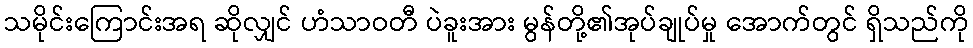
သမိုင်းကြောင်းအရ ဆိုလျှင် ဟံသာဝတီ ပဲခူးအား မွန်တို့၏အုပ်ချုပ်မှု အောက်တွင် ရှိသည်ကို